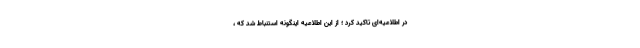
در اطلاعیه‌ای تاکید کرد ؛ از این اطلاعیه اینگونه استنباط شد که ،